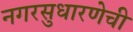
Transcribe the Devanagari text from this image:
नगरसुधारणेची